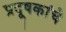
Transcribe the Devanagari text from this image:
प्रदूषकांचे